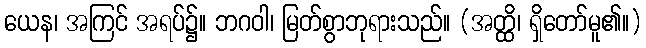
ယေန၊ အကြင် အရပ်၌။ ဘဂဝါ၊ မြတ်စွာဘုရားသည်။ (အတ္ထိ၊ ရှိတော်မူ၏။)